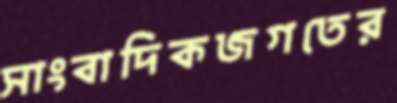
সাংবাদিকজগতের